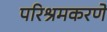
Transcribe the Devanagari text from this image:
परिश्रमकरणे